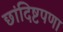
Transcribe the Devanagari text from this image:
छांदिष्टपणा